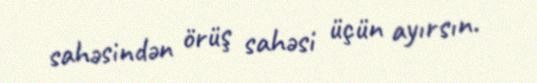
sahəsindən örüş sahəsi üçün ayırsın.